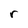
Character: r